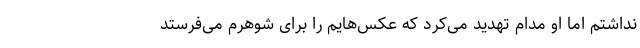
نداشتم اما او مدام تهدید می‌کرد که عکس‌هایم را برای شوهرم می‌فرستد